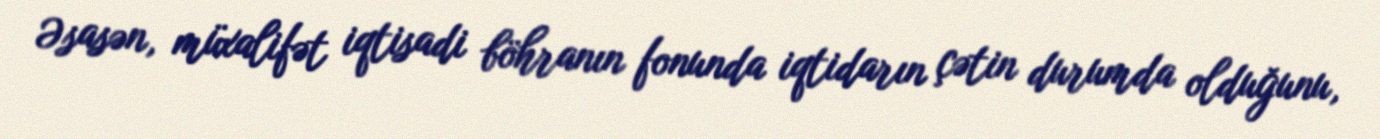
Əsasən, müxalifət iqtisadi böhranın fonunda iqtidarın çətin durumda olduğunu,